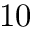
1 0